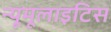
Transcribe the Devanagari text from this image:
न्यूमूलाइटिस